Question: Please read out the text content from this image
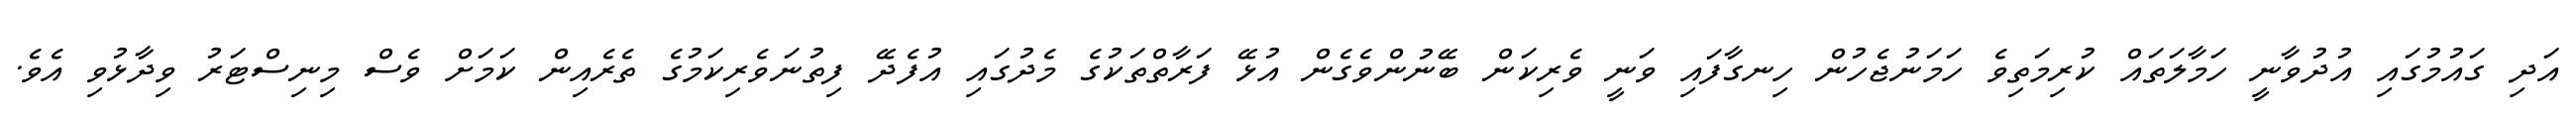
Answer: އަދި ގައުމުގައި އުދުވާނީ ހަމާލަތައް ކުރިމަތިވެ ހަމަނުޖެހުން ހިނގާފައި ވަނީ ވެރިކަން ބޭނުންވެގެން އުޅޭ ފަރާތްތަކުގެ މެދުގައި އުފެދޭ ފިތުނަވެރިކަމުގެ ތެރެއިން ކަމަށް ވެސް މިނިސްޓަރު ވިދާޅުވި އެވެ.